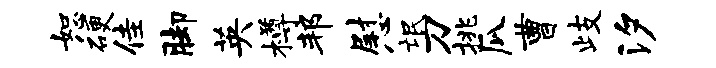
恕硬佳脚英樽邦慰氓刀挑瓜曹歧汐